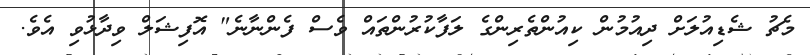
މެޗު ޝެޑިއުލަށް ދިއުމުން ކިއުންތެރިންގެ ލަފާކުރުންތައް ވެސް ފެންނާނެ" އޮފިޝަލް ވިދާޅުވި އެވެ.